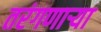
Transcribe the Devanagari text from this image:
तरंगणाऱ्या